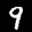
Label: 9